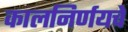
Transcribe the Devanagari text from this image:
कालनिर्णयचे